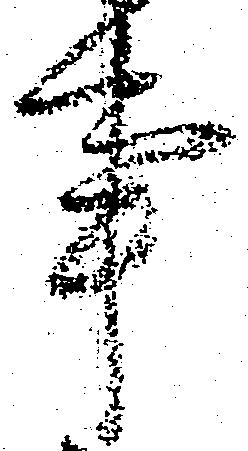
事